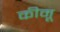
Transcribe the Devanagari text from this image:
कीमू